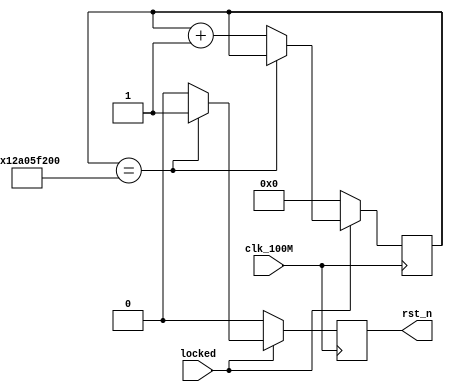
`timescale 1ns / 1ps
//////////////////////////////////////////////////////////////////////////////////
// Company: 
// Engineer: 
// 
// Design Name: 
// Module Name:    rst 
// Project Name: 
// Target Devices: 
// Tool versions: 
// Description: 
//
// Dependencies: 
//
// Revision: 
// Revision 0.01 - File Created
// Additional Comments: 
//
//////////////////////////////////////////////////////////////////////////////////
module rst(
input				clk_100M				,
input				locked				,
output	reg	rst_n					
    );

reg		[33:0]cnt_rst				;
//----------------------------------50s-----------------------------------------
//-------ppcfpgabinfpgafpga214550s
//-------235s-----------
always @ ( posedge clk_100M )
begin
	if(!locked)
		begin
			cnt_rst							<=		0							;
			rst_n								<=		0							;
		end
	else	if(cnt_rst==34'd5_000_000_000)						//100s  34'd10_000_000_000
		begin
			cnt_rst							<=		cnt_rst					;
			rst_n								<=		1							;
		end
	else
		begin
			cnt_rst							<=		cnt_rst+1				;
			rst_n								<=		0							;
		end
end

endmodule